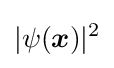
|\psi ({\boldsymbol {x}})|^{2}